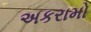
અકરામો